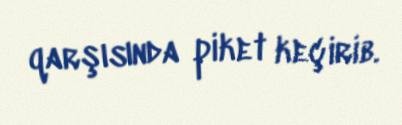
qarşısında piket keçirib.